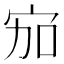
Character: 𱚅